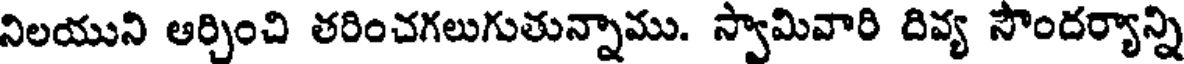
నిలయుని ఆర్చించి తరించగలుగుతున్నాము. స్వామివారి దివ్య సౌందర్యాన్ని